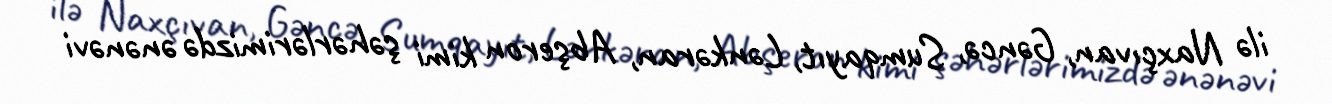
ilə Naxçıvan, Gəncə, Sumqayıt, Lənkəran, Abşeron kimi şəhərlərimizdə ənənəvi